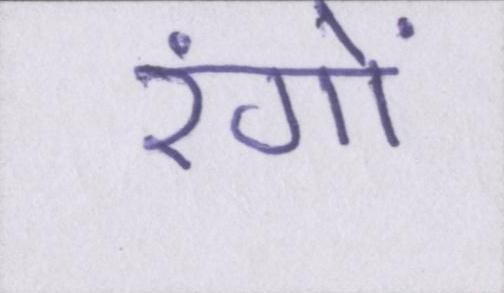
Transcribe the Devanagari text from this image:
रंगों